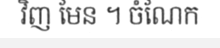
វិញ មែន ។ ចំណែក